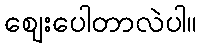
ဈေးပေါတာလဲပါ။